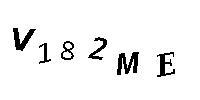
V182ME